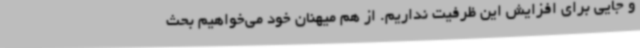
و جایی برای افزایش این ظرفیت نداریم. از هم میهنان خود می‌خواهیم بحث